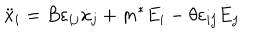
LaTeX: \ddot { x } _ { i } = B \varepsilon _ { i j } \dot { x } _ { j } + m ^ { * } E _ { i } - \theta \varepsilon _ { i j } \dot { E } _ { j }